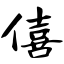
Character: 僖